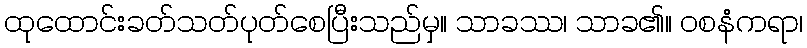
ထုထောင်းခတ်သတ်ပုတ်စေပြီးသည်မှ။ သာခဿ၊ သာခ၏။ ဝစနံကရာ၊